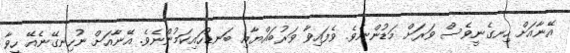
އޭނާއަށް ހިނގެނީވެސް ވަރަށް މަޑުންނެވެ. ވެފައިވާ ވަރުބައްޔާއި ބަނޑުހައިކަމުންނެވެ. އޭނާއަށް ނުހިނގޭނެއޭ ހީވާ